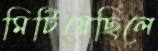
মিটিয়েছিলে